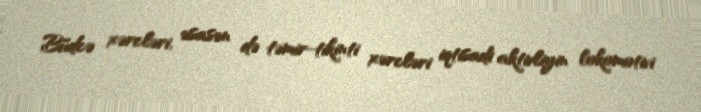
Büdcə xərcləri, əsasən də təmir-tikinti xərcləri iqtisadi aktivliyin lokomotivi